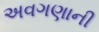
અવગણાની